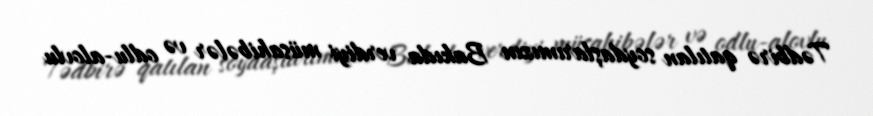
Tədbirə qatılan soydaşlarımızın Bakıda verdiyi müsahibələr və odlu-alovlu